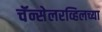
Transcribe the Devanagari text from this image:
चॅन्सेलरव्हिलच्या